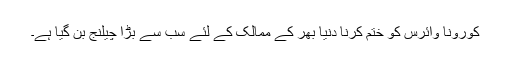
کورونا وائرس کو ختم کرنا دنیا بھر کے ممالک کے لئے سب سے بڑا چیلنج بن گیا ہے۔